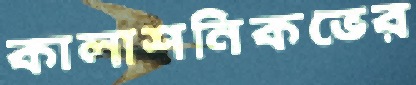
কালাশনিকভের